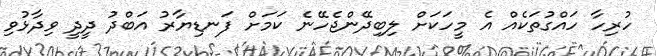
ހުރިހާ ހައްގުތަކެއް އެ މީހަކަށް ލިބިދޭންޖެހޭނެ ކަމަށް ފަނޑިޔާރު އަބްދު ދީދީ ވިދާޅުވި